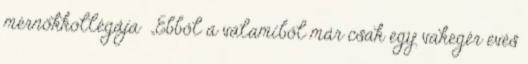
mérnökkollégája „Ebből a valamiből már csak egy vakegér evés